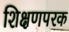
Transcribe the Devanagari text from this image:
शिक्षणपरक